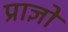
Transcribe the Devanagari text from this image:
प्राज्ञो